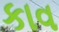
કાવ